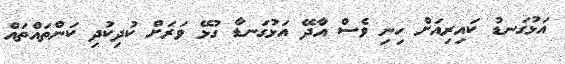
އަޅުގަނޑު ކައިރިއަށް ހިނި ވެސް އާދޭ އަޅުގަނޑާ ގުޅޭ ވަރަށް ކުދިކުދި ކަންތައްތައް